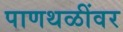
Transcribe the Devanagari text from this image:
पाणथळींवर